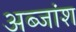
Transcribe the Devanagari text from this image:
अब्जांश